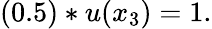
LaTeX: (0.5)*u(x_{3})=1.